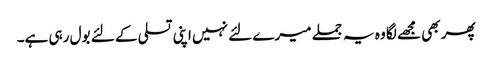
پھر بھی مجھے لگا وہ یہ جملے میرے لئے نہیں اپنی تسلی کے لئے بول رہی ہے۔